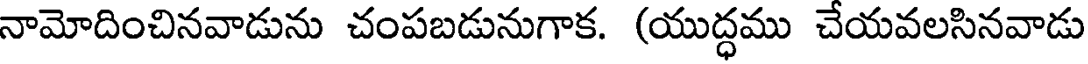
నామోదించినవాడును చంపబడునుగాక. (యుద్ధము చేయవలసినవాడు